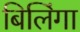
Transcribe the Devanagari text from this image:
बिलिंगा